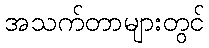
အသက်တာများတွင်